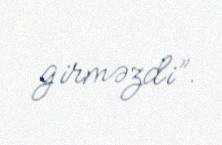
girməzdi”.